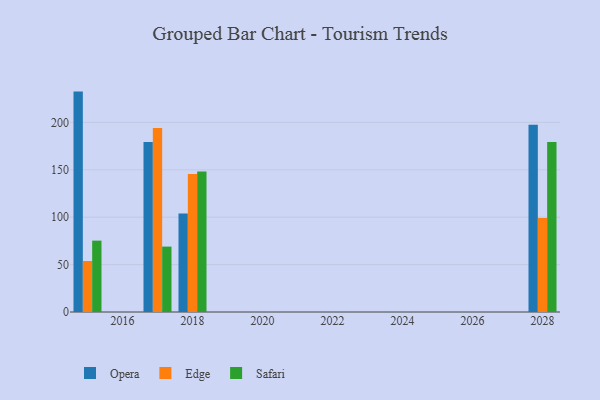
{"axis": {"x": "Year", "y": "Shipments"}, "legend": ["Edge", "Opera", "Safari"], "data": [{"x": "2028", "y": 197.5, "type": "Opera"}, {"x": "2028", "y": 99.2, "type": "Edge"}, {"x": "2028", "y": 179.4, "type": "Safari"}, {"x": "2018", "y": 103.8, "type": "Opera"}, {"x": "2018", "y": 145.7, "type": "Edge"}, {"x": "2018", "y": 148.3, "type": "Safari"}, {"x": "2017", "y": 179.3, "type": "Opera"}, {"x": "2017", "y": 194.1, "type": "Edge"}, {"x": "2017", "y": 69.0, "type": "Safari"}, {"x": "2015", "y": 232.5, "type": "Opera"}, {"x": "2015", "y": 53.8, "type": "Edge"}, {"x": "2015", "y": 75.3, "type": "Safari"}]}